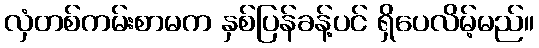
လှံတစ်ကမ်းစာမက နှစ်ပြန်ခန့်ပင် ရှိပေလိမ့်မည်။